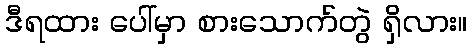
ဒီရထား ပေါ်မှာ စားသောက်တွဲ ရှိလား။